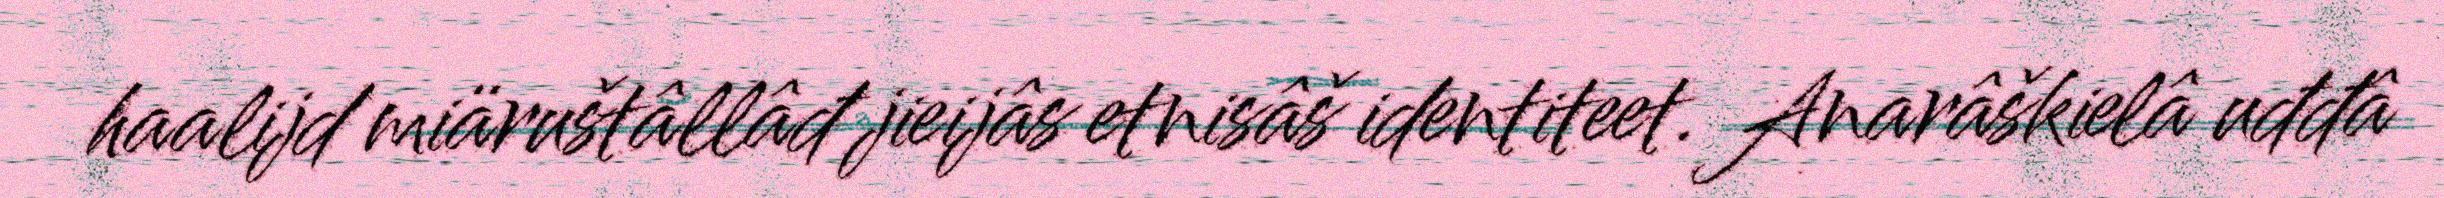
haalijd miäruštâllâđ jieijâs etnisâš identiteet. Anarâškielâ uđđâ